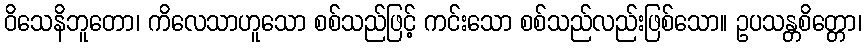
ဝိသေနိဘူတော၊ ကိလေသာဟူသော စစ်သည်ဖြင့် ကင်းသော စစ်သည်လည်းဖြစ်သော။ ဥပသန္တစိတ္တော၊